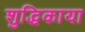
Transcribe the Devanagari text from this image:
शुद्धिकाया